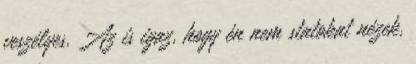
veszélyes. Az is igaz, hogy én nem statokat nézek,